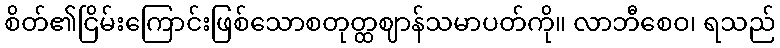
စိတ်၏ငြိမ်းကြောင်းဖြစ်သောစတုတ္ထဈာန်သမာပတ်ကို။ လာဘီစေဝ၊ ရသည်